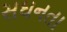
સઘનતા